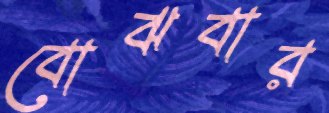
বোঝবার